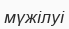
мүжілуі